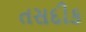
તસદીક